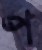
প